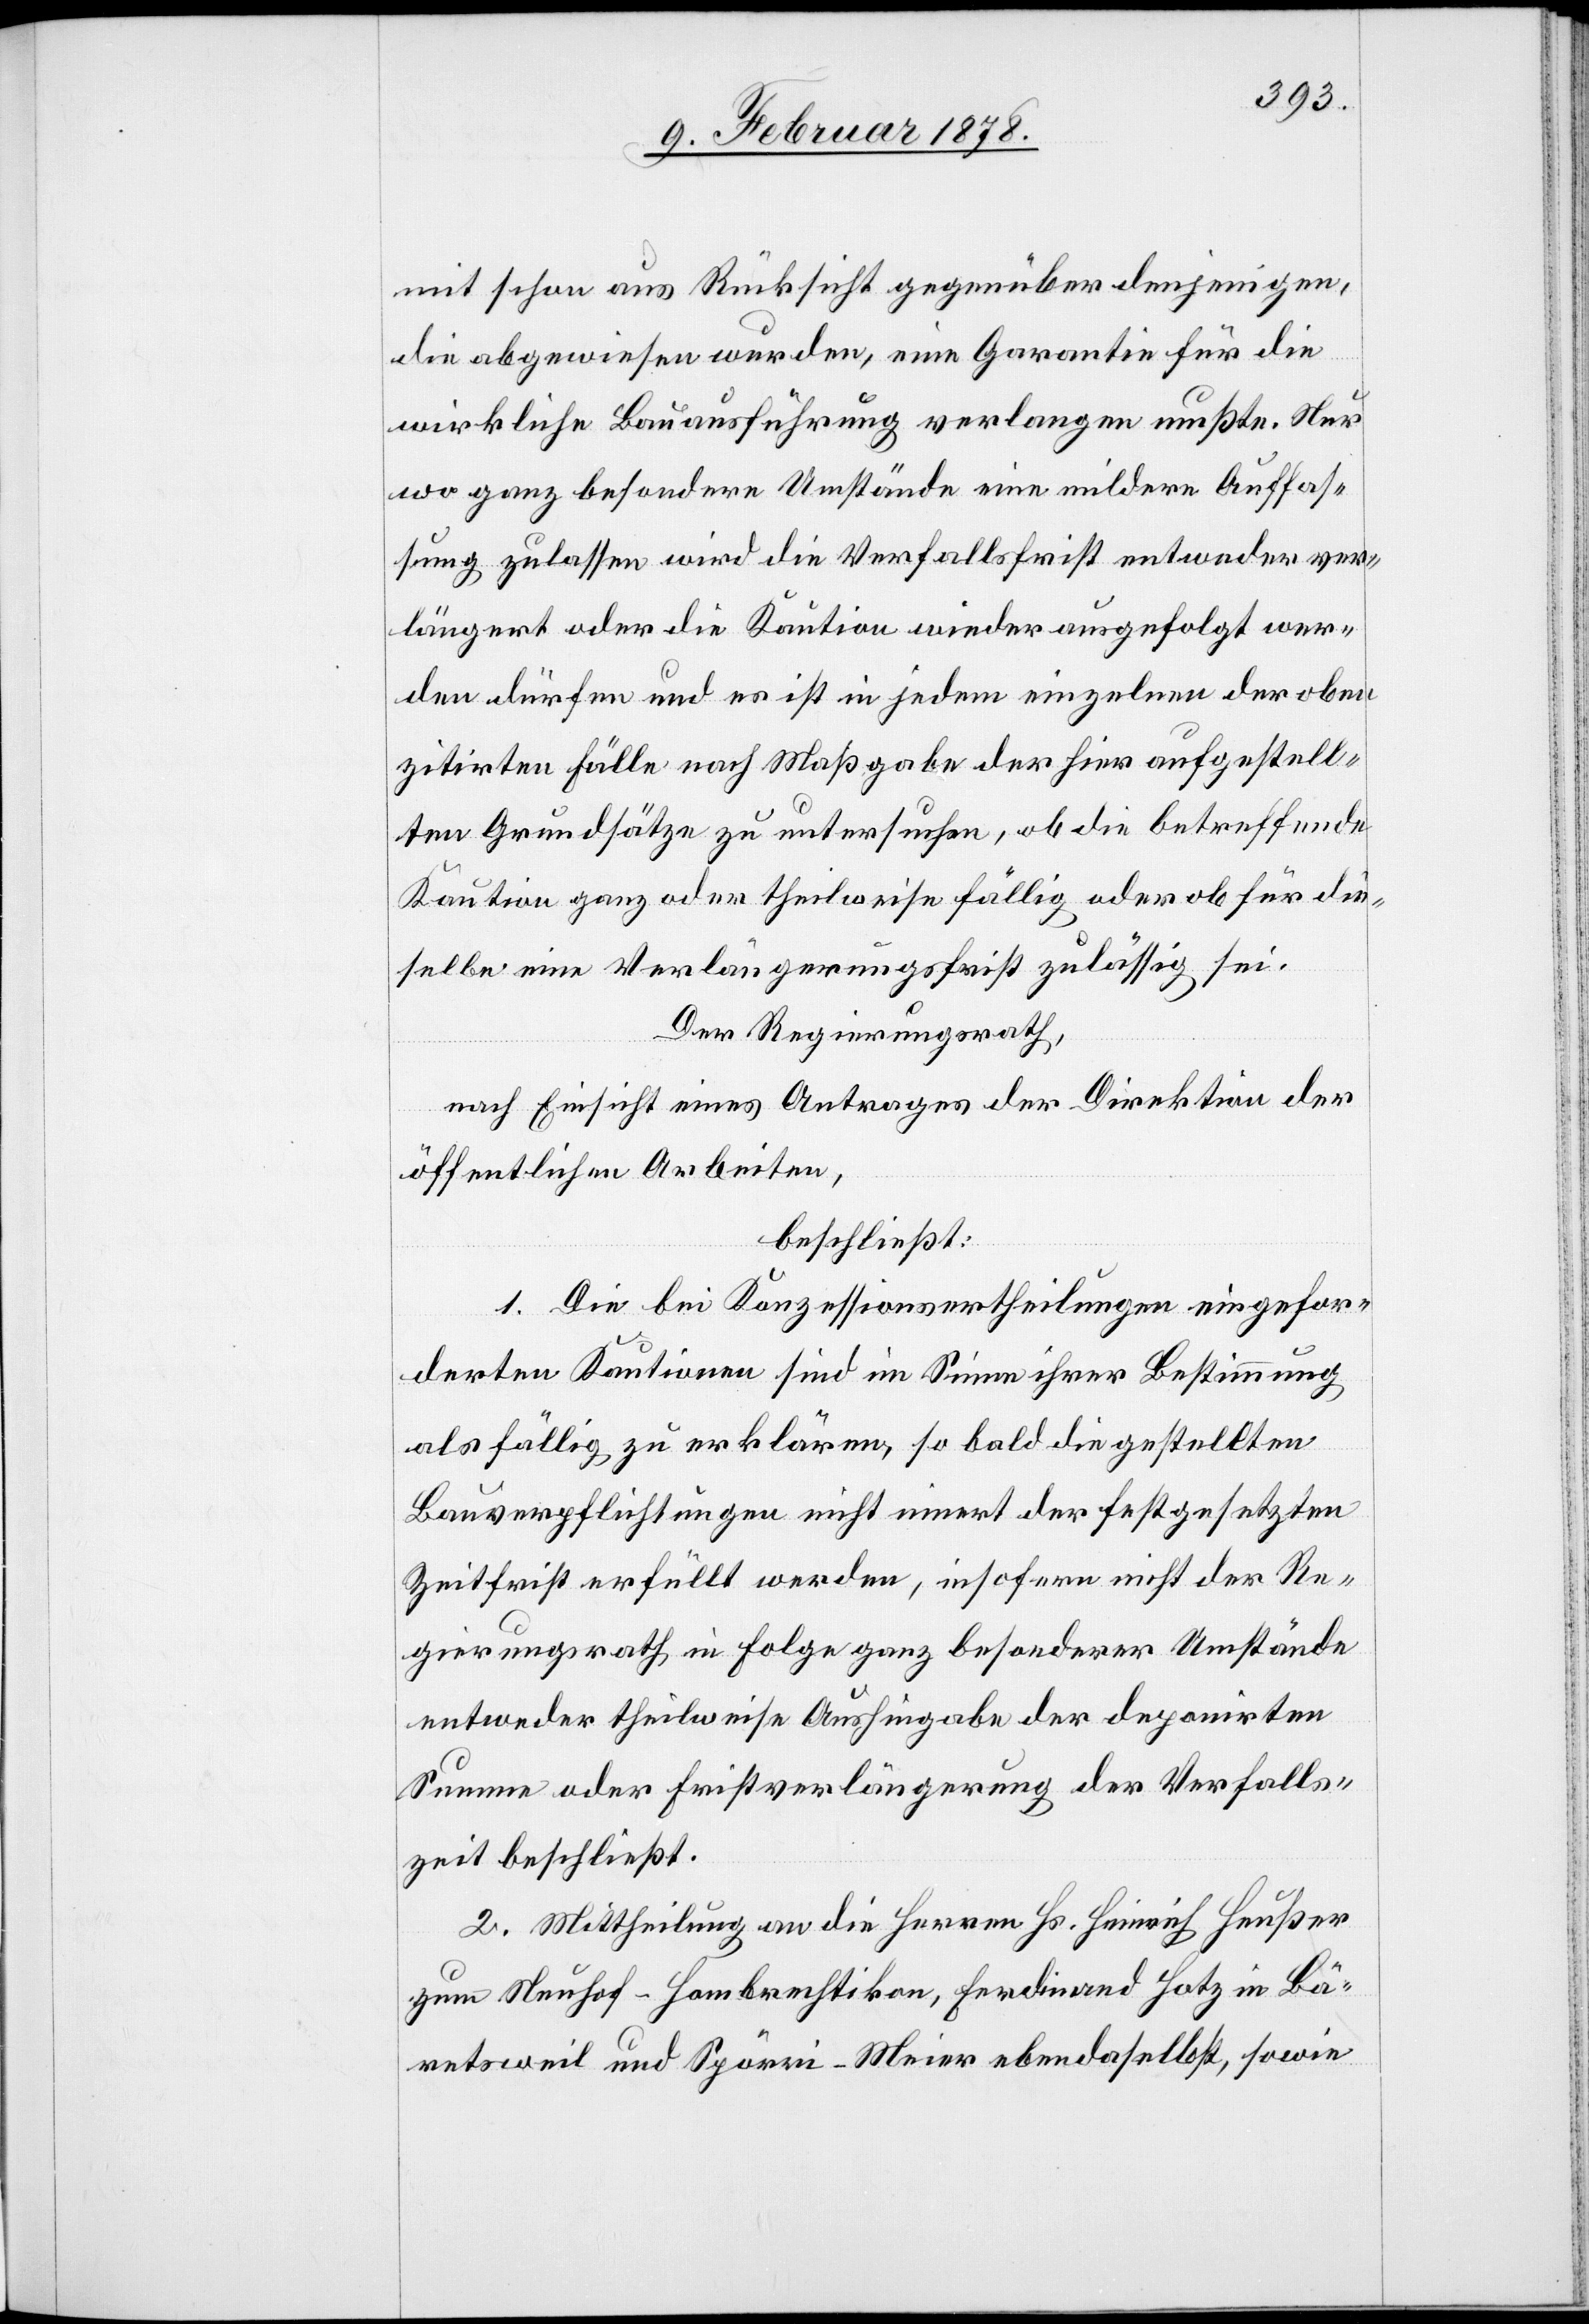
mit schon aus Rücksicht gegenüber denjenigen,
die abgewiesen wurden, eine Garantie für die
wirkliche Bauausführung verlangen mußte. Nur
wo ganz besondere Umstände eine mildere Auffas¬
sung zulassen wird die Verfallsfrist entweder ver¬
längert oder die Kaution wieder ausgefolgt wer¬
den dürfen und es ist in jedem einzelnen der oben
zitirten Fälle nach Maßgabe der hier aufgestell¬
ten Grundsätze zu untersuchen, ob die betreffende
Kaution ganz oder theilweise fällig oder ob für die¬
selbe eine Verlängerungsfrist zulässig sei.
Der Regierungsrath,
nach Einsicht eines Antrages der Direktion der
öffentlichen Arbeiten,
beschließt:
1. Die bei Konzessionsertheilungen eingefor¬
derten Kautionen sind im Sinne ihrer Bestimmung
als fällig zu erklären, sobald die gestellten
Bauverpflichtungen nicht innert der festgesetzten
Zeitfrist erfüllt werden, insofern nicht der Re¬
gierungsrath in Folgerung besonderer Umstände
entweder theilweise Aushingabe der deponirten
Summe oder Fristverlängerung der Verfalls¬
zeit beschließt.
2. Mittheilung an die Herren Hs. Heinrich Heußer
zum Neuhof - Hombrechtikon, Ferdinand Hotz in Bä¬
retsweil und Spörri-Meier ebendaselbst, sowie